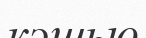
кэшью